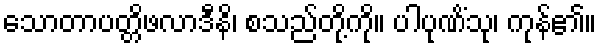
သောတာပတ္တိဖလာဒီနိ၊ စသည်တို့ကို။ ပါပုဏိံသု၊ ကုန်၏။